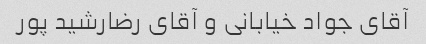
آقای جواد خیابانی و آقای رضارشید پور